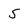
Character: 5